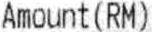
AMOUNT(RM)